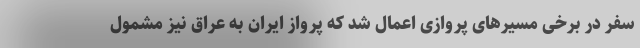
سفر در برخی مسیرهای پروازی اعمال شد که پرواز ایران به عراق نیز مشمول